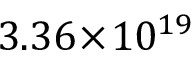
3 . 3 6 \! \times \! 1 0 ^ { 1 9 }